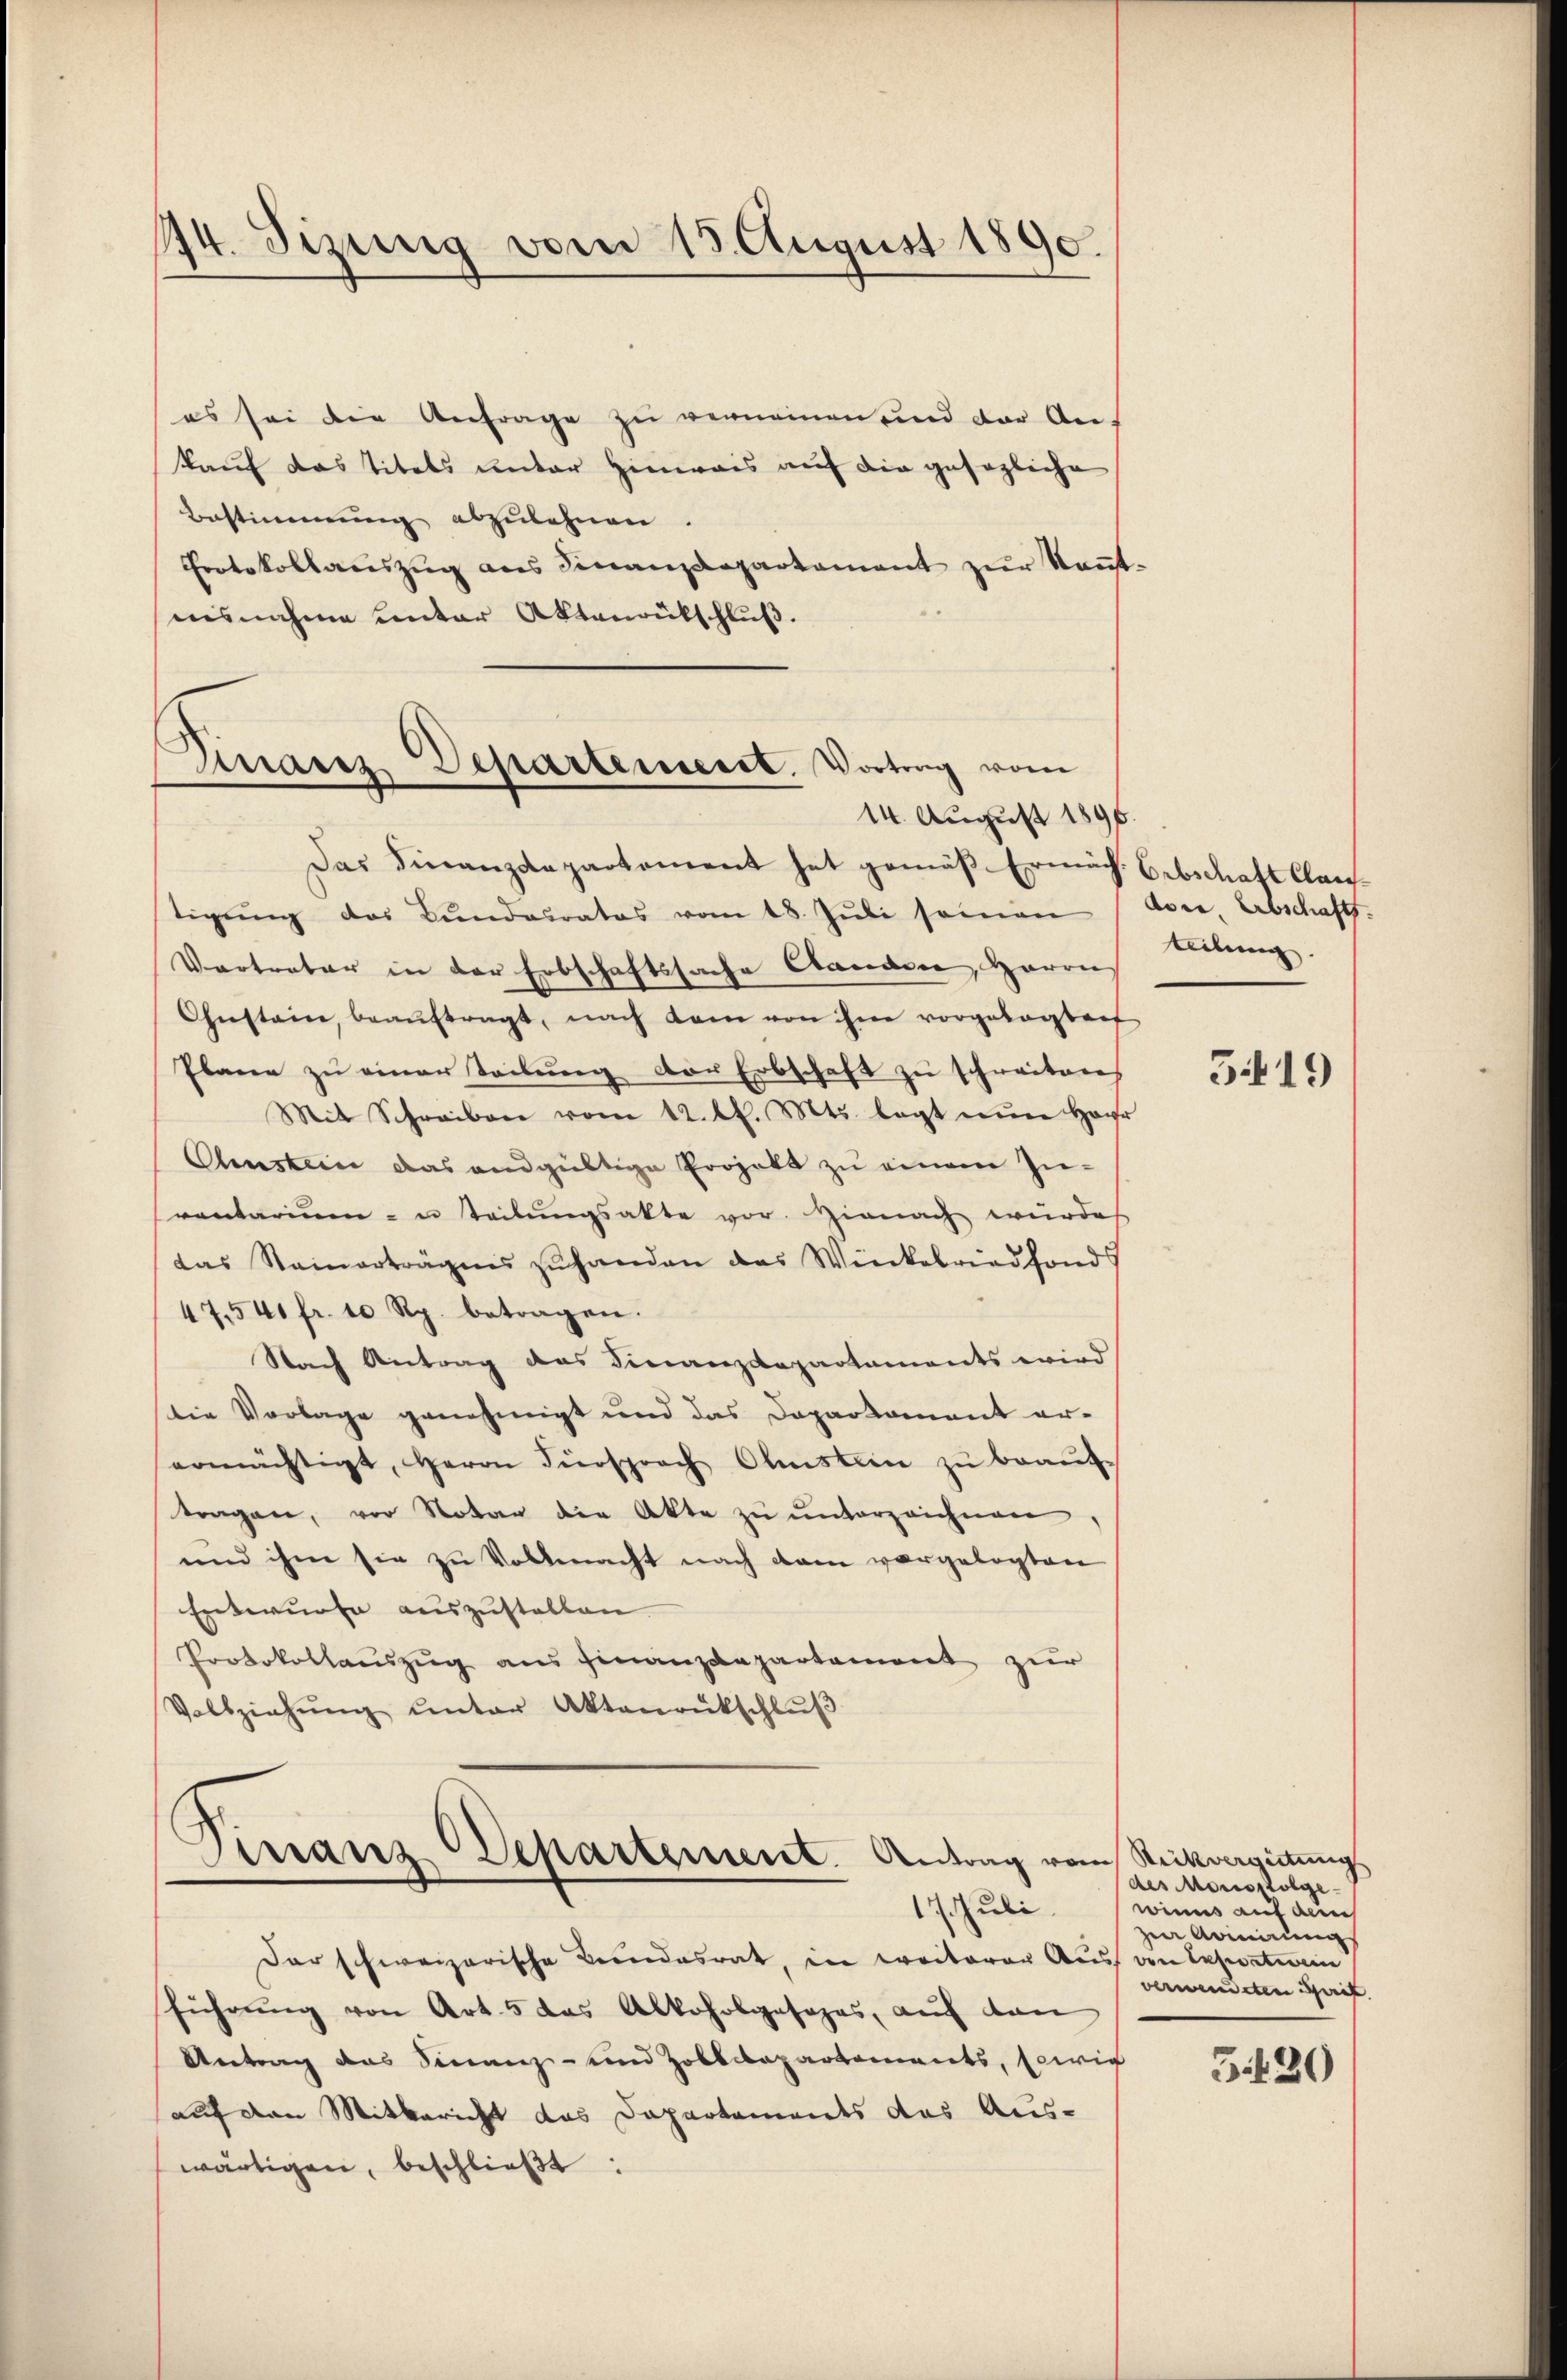
14. Sizung vom 15. August 1890.

es sei die Anfrage zu vernamen und der An-
kauf das Titels unter Hinweis auf die gesagliche
Bestimmung abzulehnen.
Protokollauszug aus Finanzdepartement zur Kenntnisnahme Centar Aktenrütschluß.

Dinanz-Departement. Vortrag vom
14. August 1896

Das Finanzdepartement hat gemäß Ermäch. Gibschaft Claus-
tigŭng des Bŭndesrates vom 18. Jŭli seinen
Vertreter in der Erbschaftssache Candin, Harris
Ohnstaine, beaŭftragt, nach kam von ihme vorgelegtent
Plane zu einer Teilung der Erbschaft zu schreiteres
Mit Schreiben vom 12. l. Mts. legt nŭr Har
Olenstein das andgültige Projekt zu einem In-
ventarium- u teilŭngsakte vor. Hienach würde
das Stainerträgens zuhanden das Wieckbriedfonds
47.541 fr. 10 Rp. betragen.
Nach Antrag des Finanzdepartaments wird
Die Vorlage genehmigt und das Departament er-
ermächtigt, Herrn Fürsprach Ohustein zŭ beaŭf-
tragen, vor Notar der Akte zŭ ŭnterzeichnen,
und ihm sie zu Vollmacht nach dem vorgelegten
Entwurfe auszustalten.
Protokollauszug aus Finanzdepartement zur
Vollziehŭng ŭnter Aktenrückschlŭβ
Dirranz Departement. Antrag vom Rückvergütung
17. Juli
der schweizerische Beendesrat, in weiterer Aus von Exportien
führung von Art. 5 das Alkoholgasapas, auf dan
Antrag das Finanz- und Zolldepartements, sowie
auf den Mitbericht das Departements des Aus-
wärtigen, beschlieβt:

dore. Abschaft.
teilung.

5419

des Monsfolge-
winns auf dem
zin Armenung
verwendeten Sprit

5.20